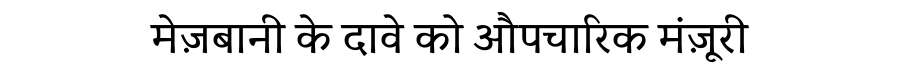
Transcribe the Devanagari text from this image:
मेज़बानी के दावे को औपचारिक मंज़ूरी